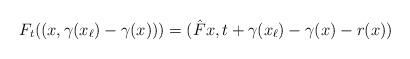
LaTeX: \begin{align*} F_t (( x, \gamma(x_{\ell}) -\gamma(x) )) = ( \hat{F}x, t + \gamma(x_{\ell}) -\gamma(x) - r(x))\end{align*}